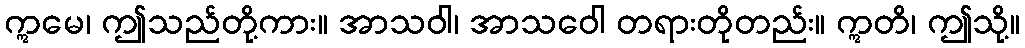
ဣမေ၊ ဤသည်တို့ကား။ အာသဝါ၊ အာသဝေါ တရားတိုတည်း။ ဣတိ၊ ဤသို့။